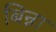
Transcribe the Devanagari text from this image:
बिन्ना